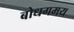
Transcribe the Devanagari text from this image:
बोधगमय